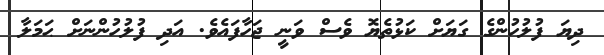
ދިޔަ ފުލުހުންގެ ގަޔަށް ކަޅުތެޔޮ ވެސް ވަނީ ޖަހާފައެވެ. އަދި ފުލުހުންނަށް ޙަމަލާ